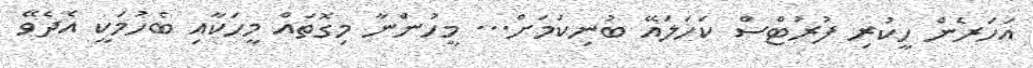
އަހަރެން ހީކުރި ފުރުޓްސް ކަހަލައޭ ބުނިކަމަށް... މީހުންނާ މިގޮތައް މީހަކާއި ބެހުމަކީ އެދެވޭ